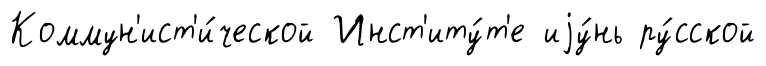
Коммун'ист'и́ческой Инст'иту́т'е иjу́нь ру́сской